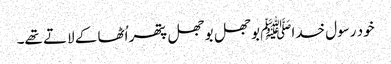
خود رسول خداﷺ بوجھل بوجھل پتھر اُٹھا کے لاتے تھے۔